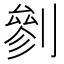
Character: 剼